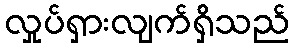
လှုပ်ရှားလျက်ရှိသည်